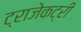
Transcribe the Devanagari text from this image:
ट्राजेकट्री